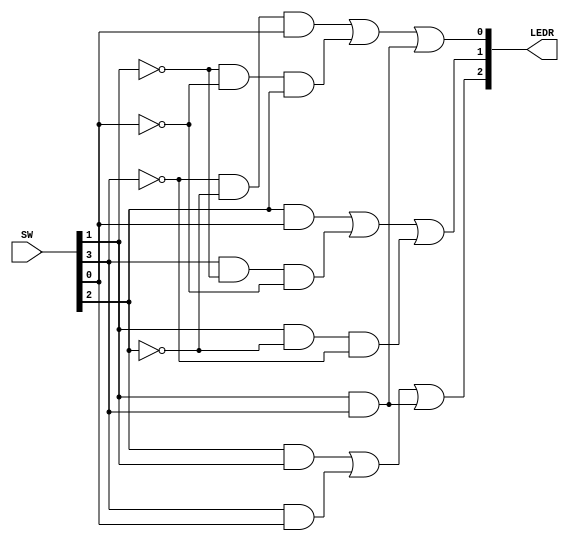
// Use the following signal definitions:
// {SW[1], SW[0]} = A
// {SW[3], SW[2]} = B
// {LEDR[1], LEDR[0]} = Sum
// LEDR[2] = Carry

module ternaryHalfAdder(SW, LEDR);
	input [3:0] SW;
	output [2:0] LEDR;
		
	assign LEDR[0] = (~SW[3] & ~SW[2] & SW[0]) | (~SW[1] & ~SW[0] & SW[2]) | (SW[1] & SW[3]);
	assign LEDR[1] = (SW[2] & SW[0]) | (SW[3] & ~SW[1] & ~SW[0]) | (SW[1] & ~SW[2] & ~SW[3]); 
	assign LEDR[2] = (SW[2] & SW[1]) | (SW[3] & SW[0]) | (SW[3] & SW[1]);
endmodule